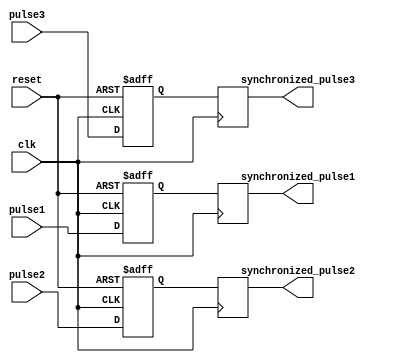
module timing_control_and_sync (
    input clk,
    input reset,
    input pulse1,
    input pulse2,
    input pulse3,
    output reg synchronized_pulse1,
    output reg synchronized_pulse2,
    output reg synchronized_pulse3
);

reg pulse1_synced, pulse2_synced, pulse3_synced;

always @(posedge clk or posedge reset) begin
    if (reset) begin
        pulse1_synced <= 1'b0;
        pulse2_synced <= 1'b0;
        pulse3_synced <= 1'b0;
    end else begin
        pulse1_synced <= pulse1;
        pulse2_synced <= pulse2;
        pulse3_synced <= pulse3;
    end
end

always @(posedge clk) begin
    synchronized_pulse1 <= pulse1_synced;
    synchronized_pulse2 <= pulse2_synced;
    synchronized_pulse3 <= pulse3_synced;
end

endmodule